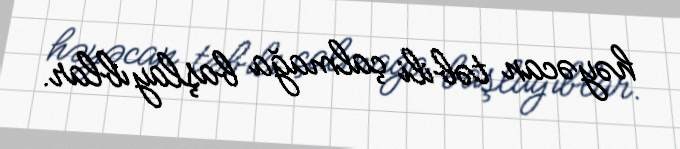
həyəcan təbili çalmağa başlayıblar.